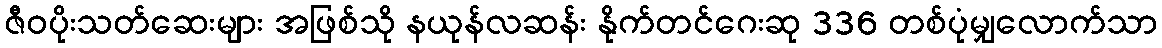
ဇီဝပိုးသတ်ဆေးများ အဖြစ်သို နယုန်လဆန်း နိုက်တင်ဂေးဆု 336 တစ်ပုံမျှလောက်သာ